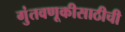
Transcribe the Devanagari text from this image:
गुंतवणूकीसाठीची